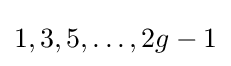
1,3,5,\dots ,2g-1